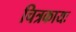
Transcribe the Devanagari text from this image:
चित्रकायः